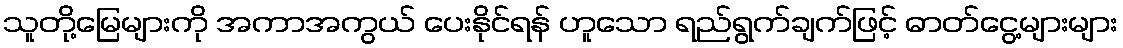
သူတို့မြေများကို အကာအကွယ် ပေးနိုင်ရန် ဟူသော ရည်ရွက်ချက်ဖြင့် ဓာတ်ငွေ့များများ